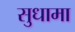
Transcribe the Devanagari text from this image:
सुधामा